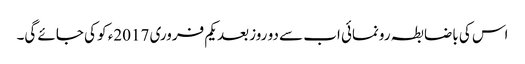
اس کی باضابطہ رونمائی اب سے دو روز بعد یکم فروری 2017ء کو کی جائے گی۔